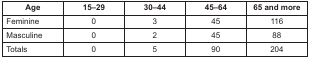
| Age | 15–29 | 30–44 | 45–64 | 65 and more |
 | --- | --- | --- | --- | --- |
 | Feminine | 0 | 3 | 45 | 116 |
 | Masculine | 0 | 2 | 45 | 88 |
 | Totals | 0 | 5 | 90 | 204 |